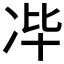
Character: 𰃻